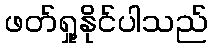
ဖတ်ရှု့နိုင်ပါသည်